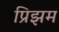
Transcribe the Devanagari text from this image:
प्रिझम